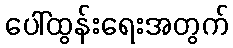
ပေါ်ထွန်းရေးအတွက်